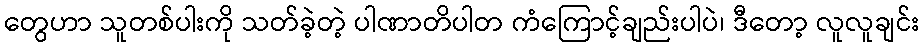
တွေဟာ သူတစ်ပါးကို သတ်ခဲ့တဲ့ ပါဏာတိပါတ ကံကြောင့်ချည်းပါပဲ၊ ဒီတော့ လူလူချင်း